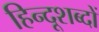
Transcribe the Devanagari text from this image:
हिन्दूशब्दों